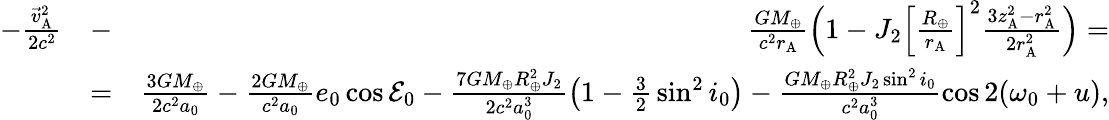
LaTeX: \begin{array}{rlr}{-\frac{{\vec{v}}_{\mathrm{A}}^{2}}{2c^{2}}}&{-}&{\frac{GM_{\oplus}}{c^{2}r_{\mathrm{A}}}\Big(1-J_{2}\Big[\frac{R_{\oplus}}{r_{\mathrm{A}}}\Big]^{2}\frac{3z_{\mathrm{A}}^{2}-r_{\mathrm{A}}^{2}}{2r_{\mathrm{A}}^{2}}\Big)=}\\ &{=}&{\frac{3GM_{\oplus}}{2c^{2}a_{0}}-\frac{2GM_{\oplus}}{c^{2}a_{0}}e_{0}\cos{\cal E}_{0}-\frac{7GM_{\oplus}R_{\oplus}^{2}J_{2}}{2c^{2}a_{0}^{3}}\big(1-{\textstyle\frac{3}{2}}\sin^{2}i_{0}\big)-\frac{GM_{\oplus}R_{\oplus}^{2}J_{2}\sin^{2}i_{0}}{c^{2}a_{0}^{3}}\cos 2(\omega_{0}+u),}\end{array}